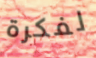
لفكرة